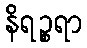
နိရဉ္စရာ